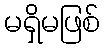
မရှိမဖြစ်